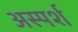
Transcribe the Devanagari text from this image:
अस्पर्श